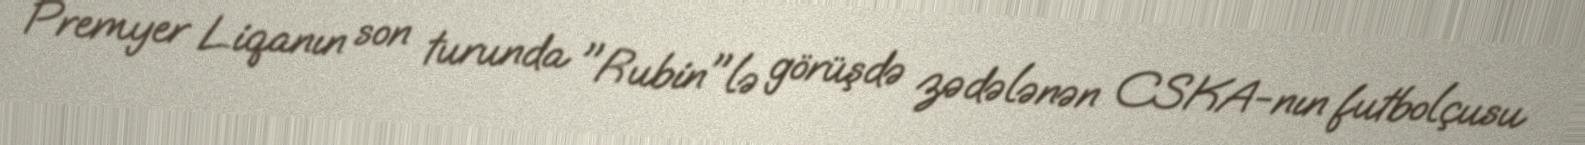
Premyer Liqanın son turunda "Rubin"lə görüşdə zədələnən CSKA-nın futbolçusu